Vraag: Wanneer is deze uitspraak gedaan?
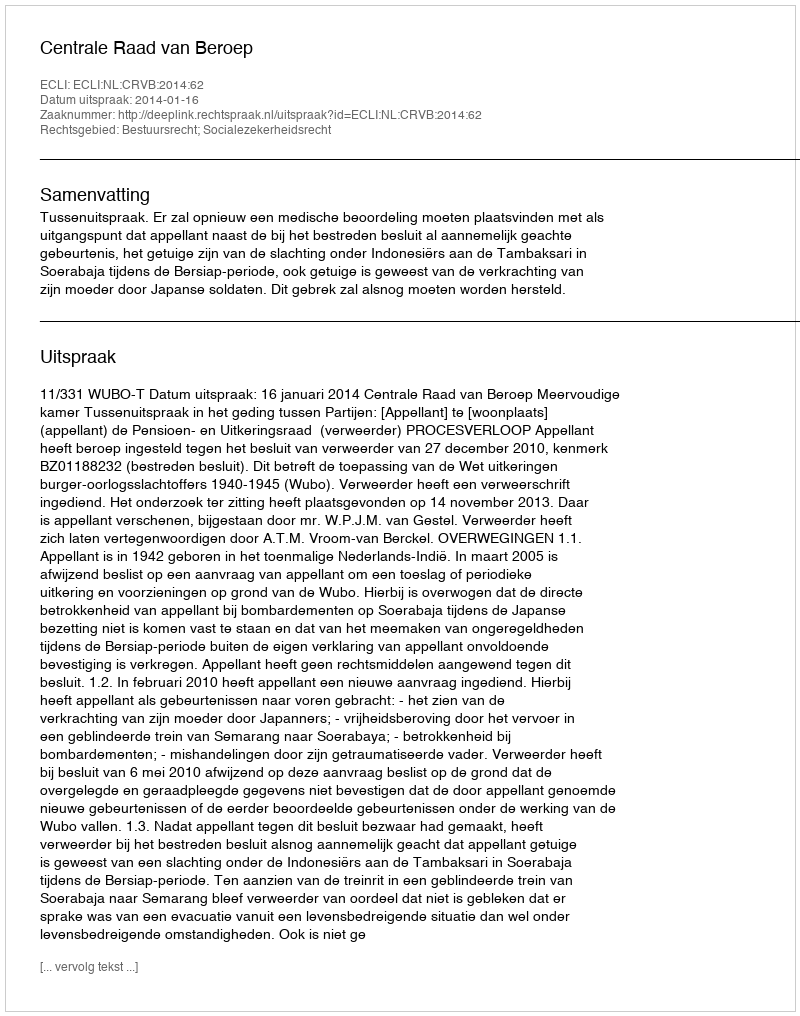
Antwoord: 2014-01-16